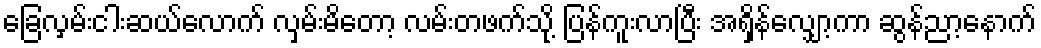
ခြေလှမ်းငါးဆယ်လောက် လှမ်းမိတော့ လမ်းတဖက်သို့ ပြန်ကူးလာပြီး အရှိန်လျှော့ကာ ဆွန်ညာ့နောက်